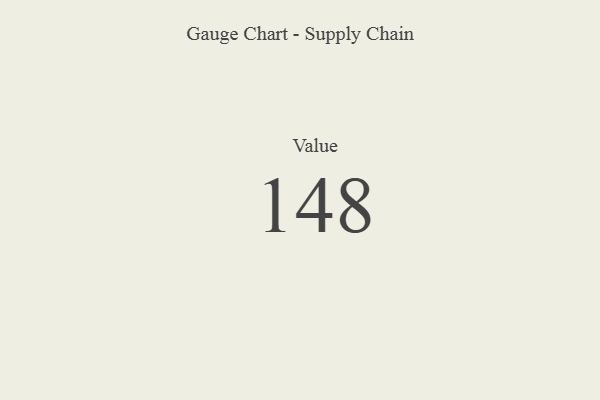
{"axis": {"x": "Metric", "y": "Value"}, "legend": [""], "data": [{"x": "Value", "y": 148, "type": ""}]}